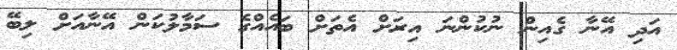
އަދި އޭނާ ގެއިން ނުކުންނަ އިރަށް އެތަށް ބައެއްގެ ސަމާލުކަން އޭނާއަށް ލިބޭ